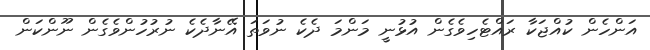
އަންހެން ކުއްޖަކާ ރައްޓެހިވެގެން އުޅުނީ މަންމަ ދެކެ ނުވަތަ އޭނާދެކެ ނުރުހުންވެގެން ނޫންކަން